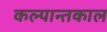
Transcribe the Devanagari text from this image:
कल्पान्तकाल